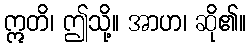
ဣတိ၊ ဤသို့။ အာဟ၊ ဆို၏။